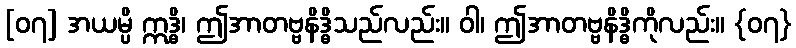
[၀၇] အယမ္ပိ ဣဒ္ဓိ၊ ဤအာတဗ္ဗနိဒ္ဓိသည်လည်း။ ဝါ၊ ဤအာတဗ္ဗနိဒ္ဓိကိုလည်း။ {၀၇}